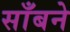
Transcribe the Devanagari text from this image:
साँबने